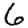
Digit: 6